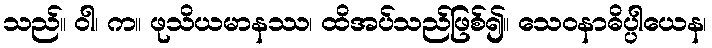
သည်။ ဝါ၊ က။ ဖုသိယမာနဿ၊ ထိအပ်သည်ဖြစ်၍။ သေဝနာဓိပ္ပါယေန၊